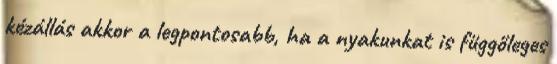
kézállás akkor a legpontosabb, ha a nyakunkat is függőleges